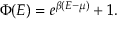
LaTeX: \Phi ( E ) = e ^ { \beta ( E - \mu ) } + 1 .